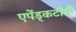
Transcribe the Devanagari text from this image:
एपेंड्कटॉमी